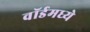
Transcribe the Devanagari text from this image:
वॉर्डमध्ये